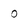
Character: o